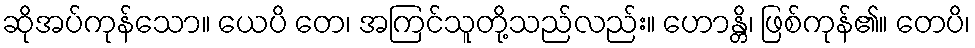
ဆိုအပ်ကုန်သော။ ယေပိ တေ၊ အကြင်သူတို့သည်လည်း။ ဟောန္တိ၊ ဖြစ်ကုန်၏။ တေပိ၊